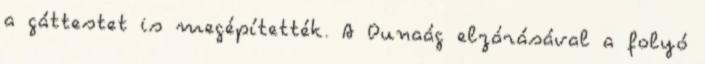
a gáttestet is megépítették. A Dunaág elzárásával a folyó